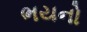
ભયનો